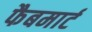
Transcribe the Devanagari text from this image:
फैबमार्ट